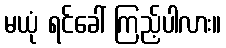
မယုံ ရင်ခေါ် ကြည့်ပါလား။